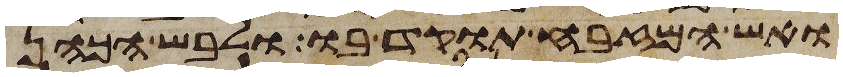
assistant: ואש המזבח תוקד בו ולבש הכהן